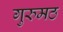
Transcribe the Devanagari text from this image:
गुरुमठ